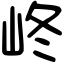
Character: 峂